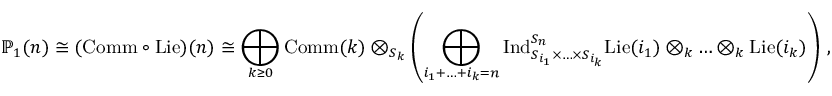
\mathbb { P } _ { 1 } ( n ) \cong ( \mathrm { C o m m } \circ \mathrm { L i e } ) ( n ) \cong \bigoplus _ { k \ge 0 } \mathrm { C o m m } ( k ) \otimes _ { S _ { k } } \left( \bigoplus _ { i _ { 1 } + \ldots + i _ { k } = n } \mathrm { I n d } _ { S _ { i _ { 1 } } \times \ldots \times S _ { i _ { k } } } ^ { S _ { n } } \mathrm { L i e } ( i _ { 1 } ) \otimes _ { k } \ldots \otimes _ { k } \mathrm { L i e } ( i _ { k } ) \right) \: ,